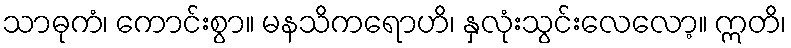
သာဓုကံ၊ ကောင်းစွာ။ မနသိကရောဟိ၊ နှလုံးသွင်းလေလော့။ ဣတိ၊